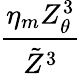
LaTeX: \frac{\eta_{m}Z_{\theta}^{3}}{\tilde{Z}^{3}}